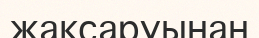
жақсаруынан